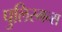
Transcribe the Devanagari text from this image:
पुलिस्मन्स